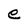
Character: e